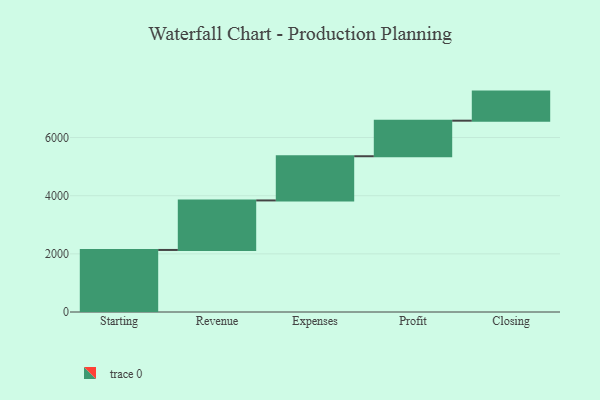
{"axis": {"x": "Step", "y": "Value"}, "legend": [""], "data": [{"x": "Starting", "y": 2134.0, "type": ""}, {"x": "Revenue", "y": 1703.0, "type": ""}, {"x": "Expenses", "y": 1520.0, "type": ""}, {"x": "Profit", "y": 1223.0, "type": ""}, {"x": "Closing", "y": 1000, "type": ""}]}